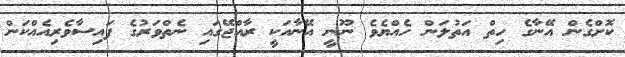
ކޮށްގެން އޭނާގެ ހިތް އަތުލަން ހެއްޔެވެ ނޫނީ އޭނާއަކީ ރާއްޖޭގައި ނެތްވަރުގެ ފައިސާވެރިއެއްކަން